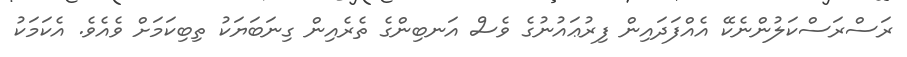
ރަސްރަސްކަލުންނެކޭ އެއްފަދައިން ފިރުޢައުނުގެ ވެސް އަނބިންގެ ތެރެއިން ގިނަބަޔަކު ތިބިކަމަށް ވެއެވެ. އެކަމަކު